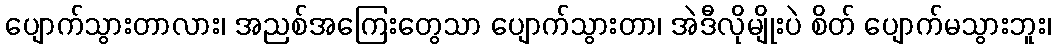
ပျောက်သွားတာလား၊ အညစ်အကြေးတွေသာ ပျောက်သွားတာ၊ အဲဒီလိုမျိုးပဲ စိတ် ပျောက်မသွားဘူး၊